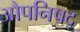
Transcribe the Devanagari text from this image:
औपनिषद्